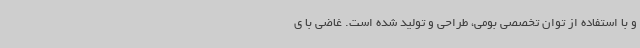
و با استفاده از توان تخصصی بومی، طراحی و تولید شده است. غاضی با ی